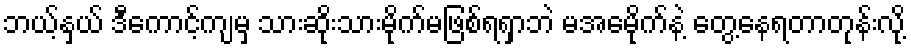
ဘယ့်နှယ် ဒီကောင့်ကျမှ သားဆိုးသားမိုက်မဖြစ်ရရှာဘဲ မအေမိုက်နဲ့ တွေ့နေရတာတုန်းလို့